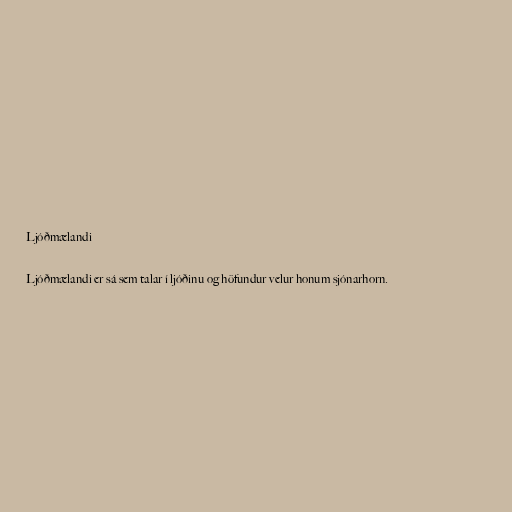
Ljóðmælandi

Ljóðmælandi er sá sem talar í ljóðinu og höfundur velur honum sjónarhorn.